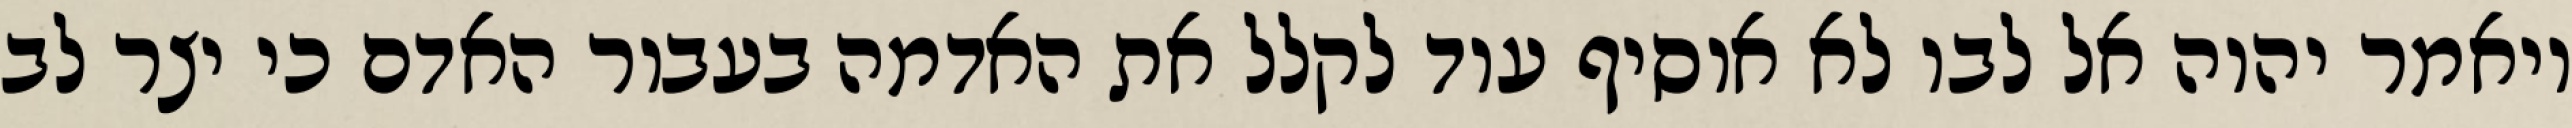
ויאמר יהוה אל לבו לא אוסיף עוד לקלל את האדמה בעבור האדם כי יצר לב